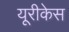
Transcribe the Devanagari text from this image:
यूरीकेस